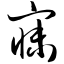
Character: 寐